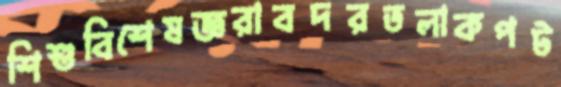
শিশুবিশেষজ্ঞরাবদরতলাকপট